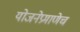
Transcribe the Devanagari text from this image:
योजनेप्रमाणेच